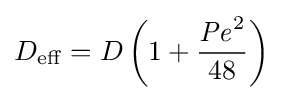
D_{\mathrm {eff} }=D\left(1+{\frac {{\mathit {Pe}}^{2}}{48}}\right)